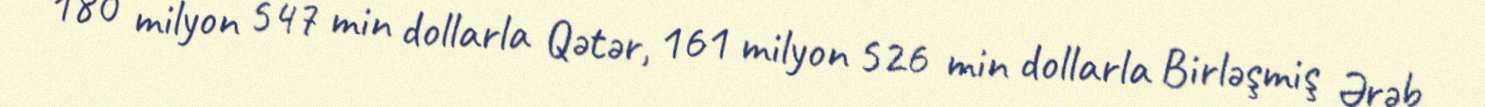
180 milyon 547 min dollarla Qətər, 161 milyon 526 min dollarla Birləşmiş Ərəb